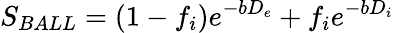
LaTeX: S_{BALL}=(1-f_{i})e^{-bD_{e}}+f_{i}e^{-bD_{i}}